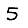
Digit: 5